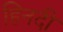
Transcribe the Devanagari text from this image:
हिनदी